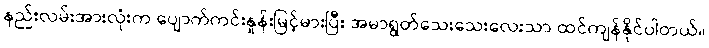
နည်းလမ်းအားလုံးက ပျောက်ကင်းနှုန်းမြင့်မားပြီး အမာရွတ်သေးသေးလေးသာ ထင်ကျန်နိုင်ပါတယ်။